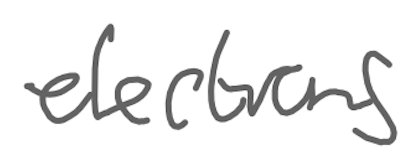
Text: elections
Cross-out: clean
Writing tool: digital_gray